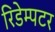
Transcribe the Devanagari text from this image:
रिडेम्पटर